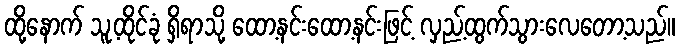
ထို့နောက် သူ့ထိုင်ခုံ ရှိရာသို့ ထော့နင်းထော့နင်းဖြင့် လှည့်ထွက်သွားလေတော့သည်။